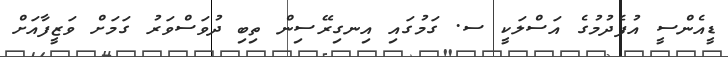
ޑީއެންސީ އުފެދުމުގެ އަސްލަކީ ސ. ގަމުގައި އިނގިރޭސިން ތިިބި ދުވަސްވަރު ގަމަށް ވަޒީފާއަށް